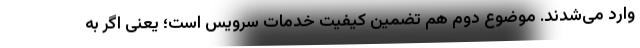
وارد می‌شدند. موضوع دوم هم تضمین کیفیت خدمات سرویس است؛ یعنی اگر به